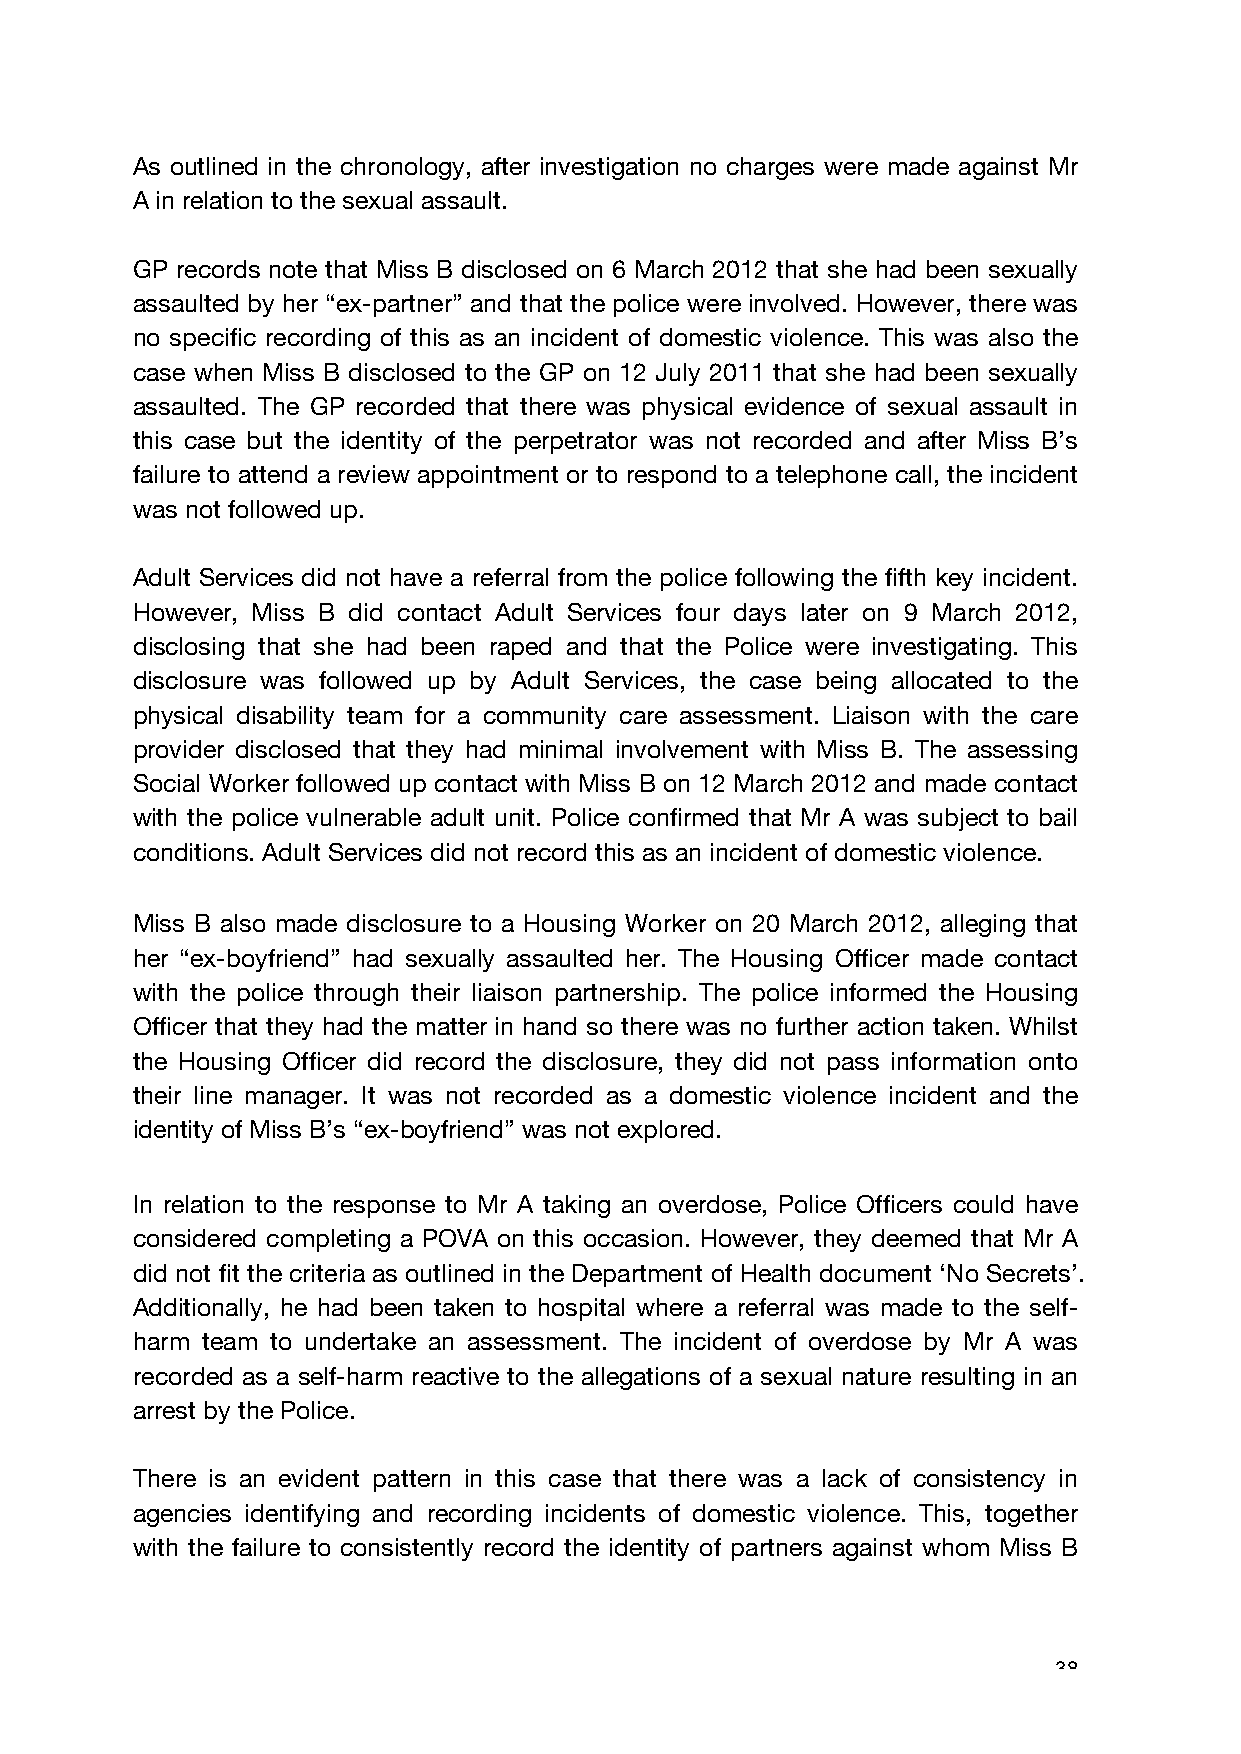
As outlined in the chronology, after investigation no charges were made against Mr
 A in relation to the sexual assault.
 GP records note that Miss B disclosed on 6 March 2012 that she had been sexually
 assaulted by her “ex-partner” and that the police were involved. However, there was
 no specific recording of this as an incident of domestic violence. This was also the
 case when Miss B disclosed to the GP on 12 July 2011 that she had been sexually
 assaulted. The GP recorded that there was physical evidence of sexual assault in
 this case but the identity of the perpetrator was not recorded and after Miss B’s
 failure to attend a review appointment or to respond to a telephone call, the incident
 was not followed up.
 Adult Services did not have a referral from the police following the fifth key incident.
 However, Miss B did contact Adult Services four days later on 9 March 2012,
 disclosing that she had been raped and that the Police were investigating. This
 disclosure was followed up by Adult Services, the case being allocated to the
 physical disability team for a community care assessment. Liaison with the care
 provider disclosed that they had minimal involvement with Miss B. The assessing
 Social Worker followed up contact with Miss B on 12 March 2012 and made contact
 with the police vulnerable adult unit. Police confirmed that Mr A was subject to bail
 conditions. Adult Services did not record this as an incident of domestic violence.
 Miss B also made disclosure to a Housing Worker on 20 March 2012, alleging that
 her “ex-boyfriend” had sexually assaulted her. The Housing Officer made contact
 with the police through their liaison partnership. The police informed the Housing
 Officer that they had the matter in hand so there was no further action taken. Whilst
 the Housing Officer did record the disclosure, they did not pass information onto
 their line manager. It was not recorded as a domestic violence incident and the
 identity of Miss B’s “ex-boyfriend” was not explored.
 In relation to the response to Mr A taking an overdose, Police Officers could have
 considered completing a POVA on this occasion. However, they deemed that Mr A
 did not fit the criteria as outlined in the Department of Health document ‘No Secrets’.
 Additionally, he had been taken to hospital where a referral was made to the self-
 harm team to undertake an assessment. The incident of overdose by Mr A was
 recorded as a self-harm reactive to the allegations of a sexual nature resulting in an
 arrest by the Police.
 There is an evident pattern in this case that there was a lack of consistency in
 agencies identifying and recording incidents of domestic violence. This, together
 with the failure to consistently record the identity of partners against whom Miss B
 38